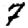
Digit: 7